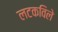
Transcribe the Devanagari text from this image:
लटकविले